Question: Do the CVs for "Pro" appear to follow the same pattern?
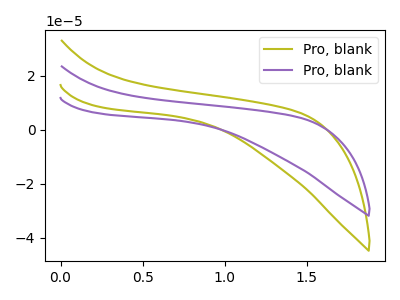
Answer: <think>The olive curve "Pro, blank1" has no peaks. The purple curve "Pro, blank2" has no peaks.
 Neither "Pro, blank1" or "Pro, blank2" have any peaks.</think>
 <answer>All the CV's of "Pro" have similar shape.</answer>
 <eval>follow_rule</eval>